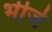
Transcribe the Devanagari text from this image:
भीजे